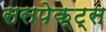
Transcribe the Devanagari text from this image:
ससपेक्ट्स